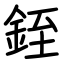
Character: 銍